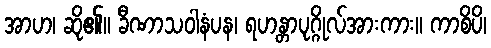
အာဟ၊ ဆို၏။ ခီဏာသဝါနံပန၊ ရဟန္တာပုဂ္ဂိုလ်အားကား။ ကာစိပိ၊